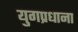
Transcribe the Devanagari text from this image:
युगप्रधाना